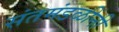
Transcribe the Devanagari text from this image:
संतमंडळींनी